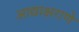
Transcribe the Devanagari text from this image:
आद्याक्षराणे